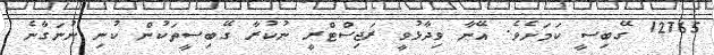
12765 ގޭބިސީ ކަމަށެވެ. އޭނާ ވިދާޅުވީ ރަޖިސްޓްރީ ނުކުރާ ގޭބިސީތަކުން ކުނި ނުނަގާނެ